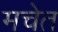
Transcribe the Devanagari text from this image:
मचेत